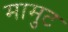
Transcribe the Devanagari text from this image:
मामुट